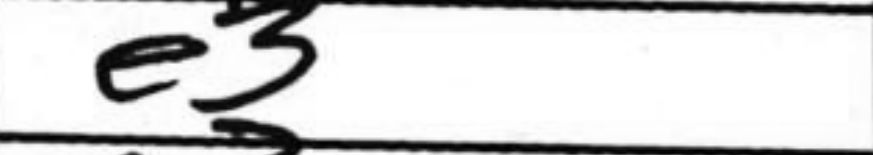
Transcription: e3